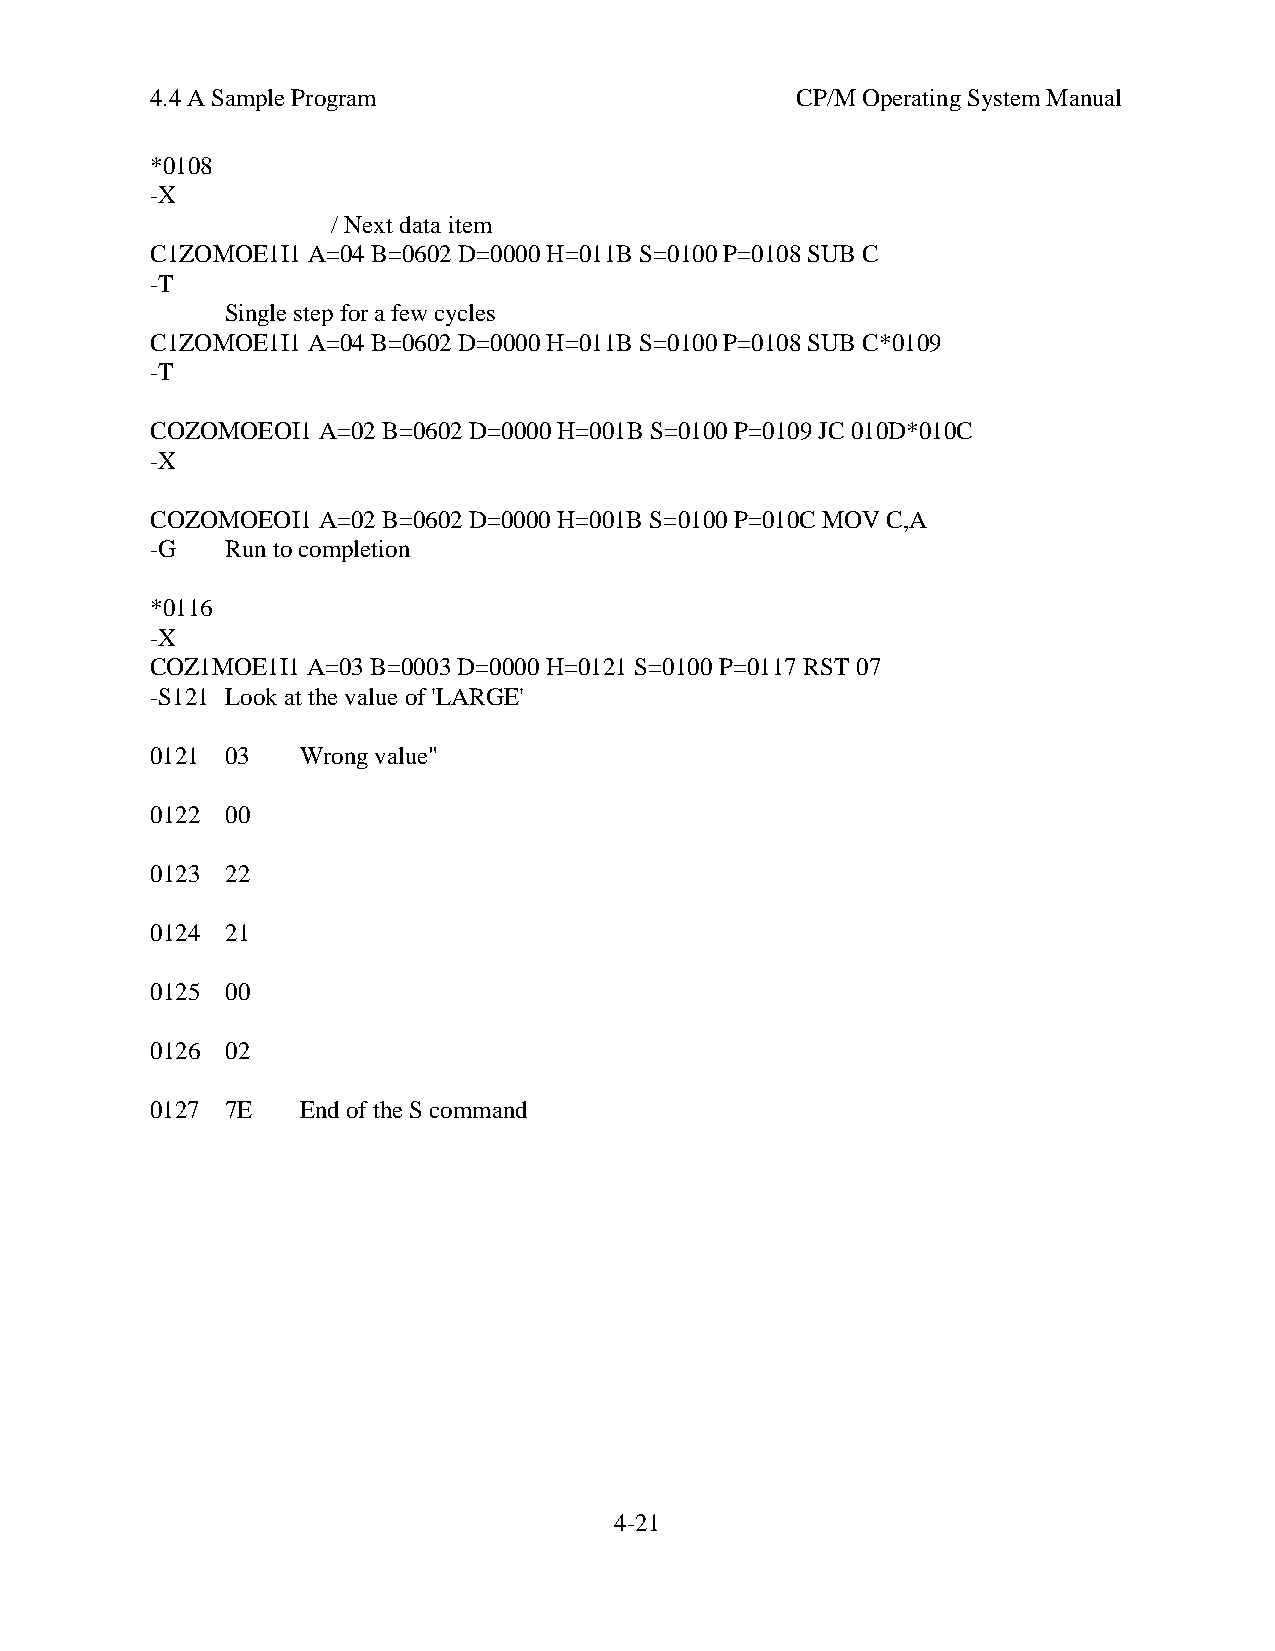
4.4 A Sample Program                       CP/M Operating System Manual
 *0108
 -X
 / Next data item
 C1ZOMOE1I1 A=04 B=0602 D=0000 H=011B S=0100 P=0108 SUB C
 -T
 Single step for a few cycles
 C1ZOMOE1I1 A=04 B=0602 D=0000 H=011B S=0100 P=0108 SUB C*0109
 -T
 COZOMOEOI1 A=02 B=0602 D=0000 H=001B S=0100 P=0109 JC 010D*010C
 -X
 COZOMOEOI1 A=02 B=0602 D=0000 H=001B S=0100 P=010C MOV C,A
 -G   Run to completion
 *0116
 -X
 COZ1MOE1I1 A=03 B=0003 D=0000 H=0121 S=0100 P=0117 RST 07
 -S121 Look at the value of 'LARGE'
 0121 03   Wrong value"
 0122 00
 0123 22
 0124 21
 0125 00
 0126 02
 0127 7E   End of the S command
 4-21